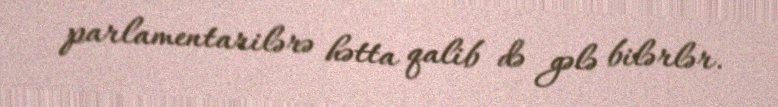
parlamentarilərə hətta qalib də gələ bilərlər.